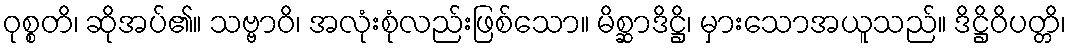
ဝုစ္စတိ၊ ဆိုအပ်၏။ သဗ္ဗာဝိ၊ အလုံးစုံလည်းဖြစ်သော။ မိစ္ဆာဒိဋ္ဌိ၊ မှားသောအယူသည်။ ဒိဋ္ဌိဝိပတ္တိ၊